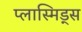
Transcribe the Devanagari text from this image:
प्लास्मिड्स